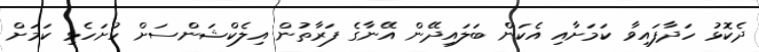
ދެކޮޅު ހަދާފައިވާ ކަމަށާއި އެކަން ބަލައިދޭން އޭނާގެ ފަރާތުން އިލެކްޝަންސަށް ހުށަހެޅި ކަމަށް